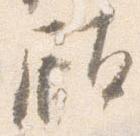
顧